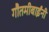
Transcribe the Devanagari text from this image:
गौतमीबाईंनी